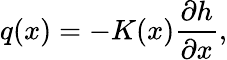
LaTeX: {q}(x)=-K(x)\frac{{\partial{h}}}{{\partial{x}}},